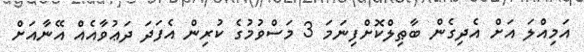
އަމިއްލަ އަށް އެދިގެން ބާޠިލްކޮށްފިނަމަ 3 މަސްވުމުގެ ކުރިން އެފަދަ ދަޢުވާއެއް އޭނާއަށް